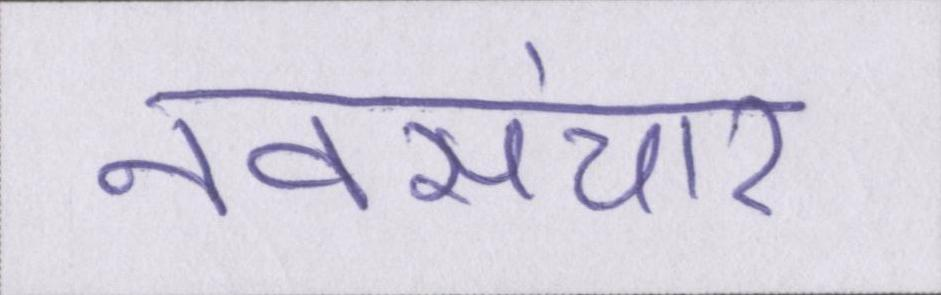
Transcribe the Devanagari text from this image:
नवसंचार